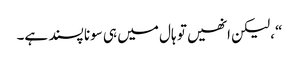
“، لیکن انھیں تو ہال میں ہی سونا پسند ہے۔